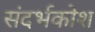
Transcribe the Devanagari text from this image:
संदर्भकोश